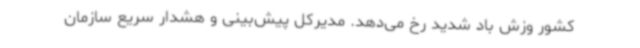
کشور وزش باد شدید رخ می‌دهد. مدیرکل پیش‌بینی و هشدار سریع سازمان